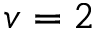
v = 2